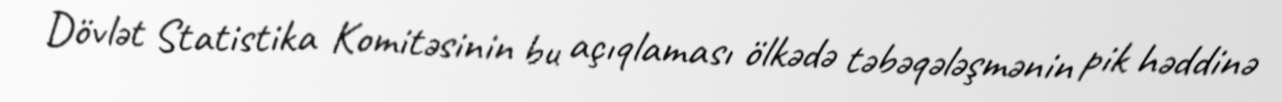
Dövlət Statistika Komitəsinin bu açıqlaması ölkədə təbəqələşmənin pik həddinə